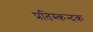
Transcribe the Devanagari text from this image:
प्रतिस्कन्दक